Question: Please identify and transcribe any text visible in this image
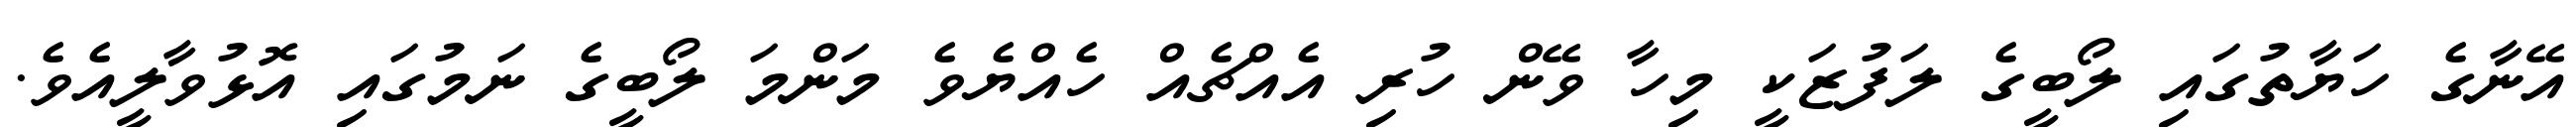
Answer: އޭނާގެ ހަޔާތުގައި ލޯބީގެ ލަފުޒަކީ މިހާ ވޭން ހުރި އެއްޗެއް ހެއްޔެވެ މަންމަ ލޯބީގެ ނަމުގައި އޮޅުވާލީއެވެ.